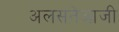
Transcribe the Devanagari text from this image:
अलसनेआजी